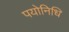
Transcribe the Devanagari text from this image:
पयोनिधि